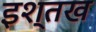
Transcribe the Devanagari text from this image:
इश्तख